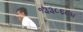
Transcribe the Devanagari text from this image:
१३३८६८४